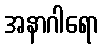
အနာဂါရော